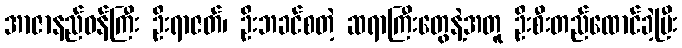
အာဇာနည်ဝန်ကြီး ဦးရာဇတ်၊ ဦးဘခင်စတဲ့ ဆရာကြီးတွေနဲ့အတူ ဦးစီးတည်ထောင်ခဲ့ပြီး